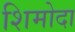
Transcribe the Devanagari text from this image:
शिमोदा